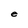
Character: e